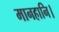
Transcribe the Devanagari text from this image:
मानहानि।